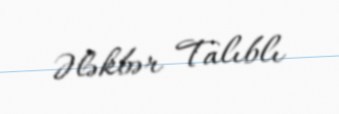
Ələkbər Talıblı